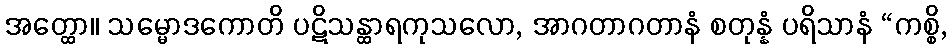
အတ္ထော။ သမ္မောဒကောတိ ပဋိသန္ထာရကုသလော, အာဂတာဂတာနံ စတုန္နံ ပရိသာနံ “ကစ္စိ,